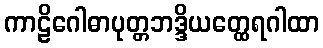
ကာဠိဂေါဓာပုတ္တဘဒ္ဒိယတ္ထေရဂါထာ